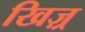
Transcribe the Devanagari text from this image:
खिज़्र